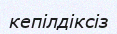
кепілдіксіз